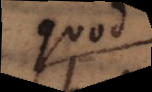
quod